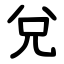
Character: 兌